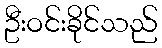
ဦးဝင်းခိုင်သည်